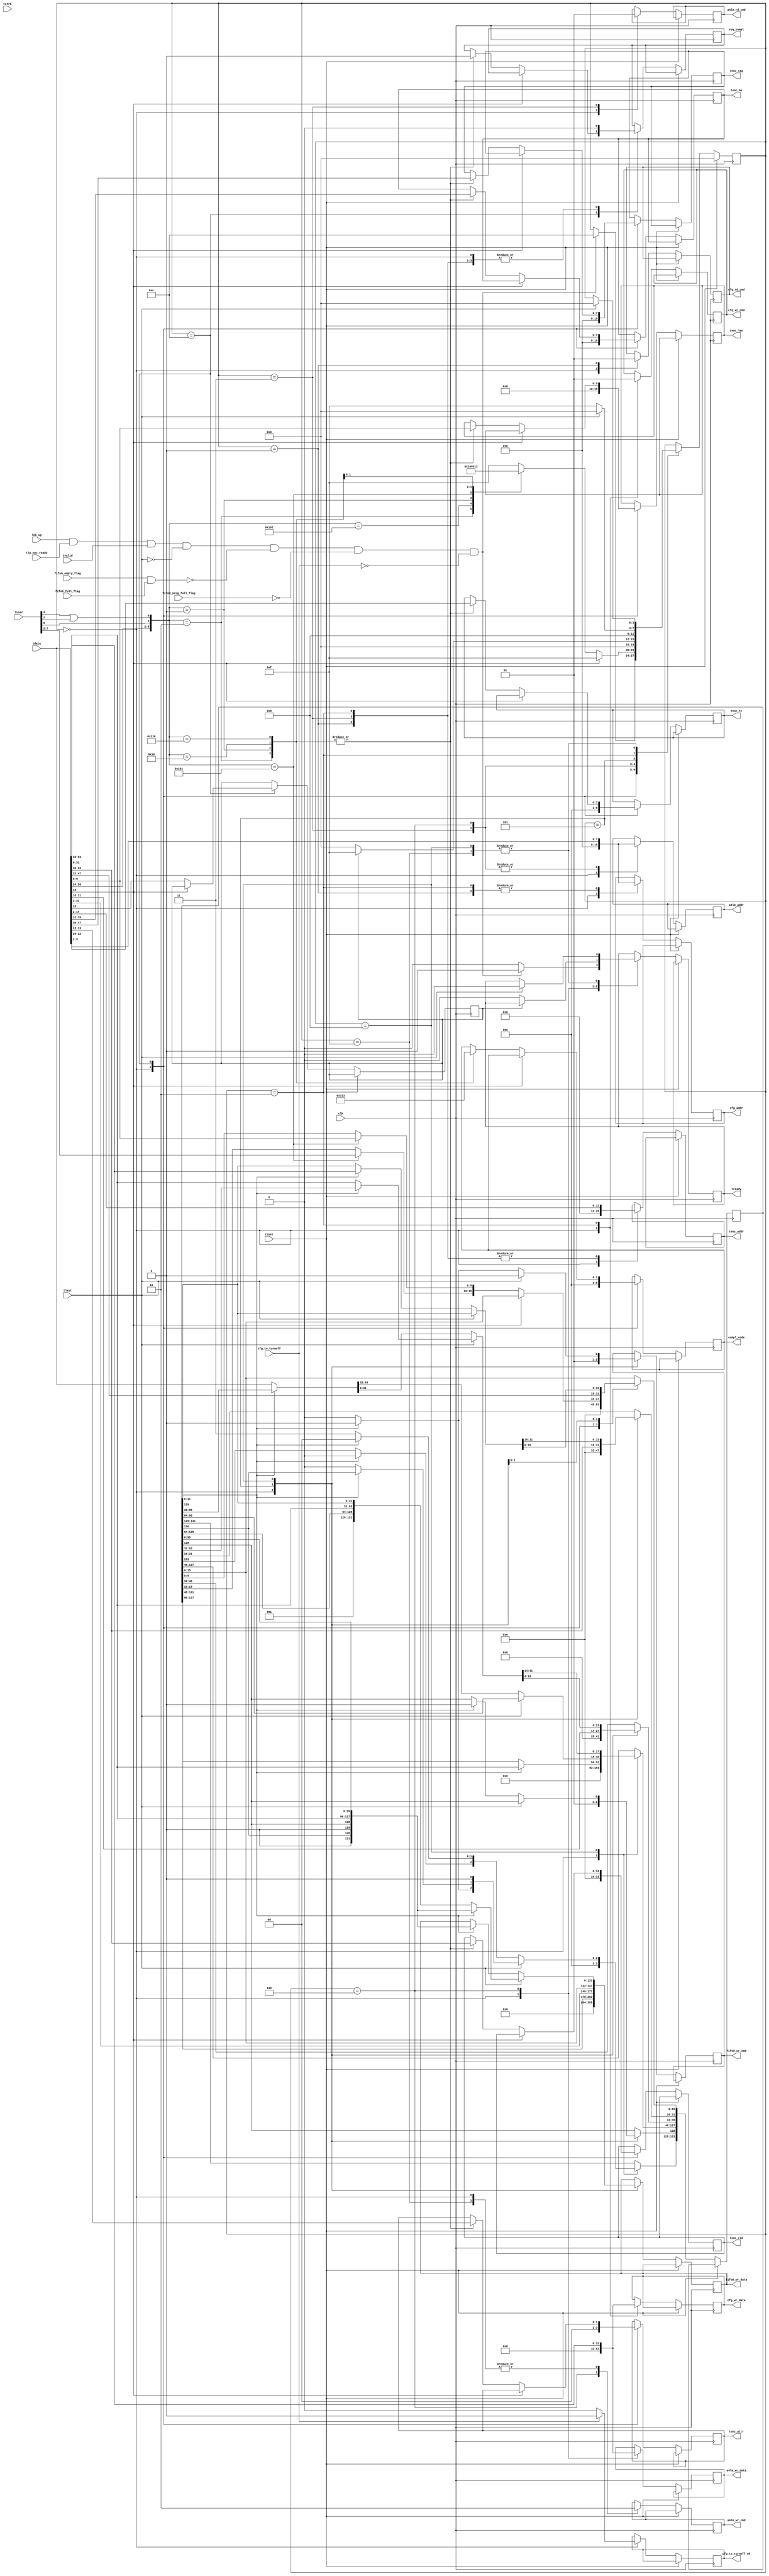
`timescale 1ns / 1ps
//////////////////////////////////////////////////////////////////////////////////
// Company: 
// Engineer: 
// 
// Design Name: 
// Module Name:    axi_tlp_decoder 
// Project Name: 
// Target Devices: 
// Tool versions: 
// Description: 
//
// Dependencies: 
//
// Revision: 
// Revision 0.01 - File Created
// Additional Comments: 
//
//////////////////////////////////////////////////////////////////////////////////
module axi_tlp_decoder 
#(
parameter AXIDATAWIDTH = 8
)
(
// common signals
input clk,
input reset,

// axi4-stream input interface
input tvalid,
input [8*AXIDATAWIDTH-1:0] tdata,
output reg tready,
input [AXIDATAWIDTH-1:0] tstrb,
input [21:0] tuser,
input tlast,

// axi4-lite master interface
output reg [7:0]  a4lm_addr,
output reg [31:0] a4lm_wr_data,
output reg a4lm_wr_cmd,
output reg a4lm_rd_cmd,

//configuration interface
output reg [7:0] cfg_addr,
output reg [31:0] cfg_wr_data,
output reg cfg_rd_cmd,
output reg cfg_wr_cmd,
// fifo interface
output reg fifo0_wr_cmd,
output reg [16*AXIDATAWIDTH+4-1:0] fifo0_wr_data,
input fifo0_empty_flag,
input fifo0_full_flag,
input fifo0_prog_full_flag,


//tlp encoder interface
output reg req_compl,
output reg [2:0] compl_code,
input tlp_enc_ready,

output reg [2:0]   tenc_tc,                        // Memory Read TC
output reg [1:0]   tenc_attr,                      // Memory Read Attribute
output reg [9:0]   tenc_len,                       // Memory Read Length (1DW)
output reg [15:0]  tenc_rid,                       // Memory Read Requestor ID
output reg [7:0]   tenc_tag,                       // Memory Read Tag
output reg [7:0]   tenc_be,                        // Memory Read Byte Enables
output reg [12:0]  tenc_addr,                      // Memory Read Address
//other signals
input lnk_up,
input cfg_to_turnoff,
output reg cfg_to_turnoff_ok
);

localparam [3:0] idle = 4'b0000,
						discharge_tlp = 4'b1111,
						cfg_rd = 4'b0001,
						cfg_wr = 4'b0010,
						a4lm_rd = 4'b0011,
						a4lm_wr = 4'b0100,
						a4sm_wr0 = 4'b0101,
						a4sm_wr1 = 4'b1001,
						wait_state = 4'b1000,
						receiving = 4'b1100;
						

reg [3:0] state_reg;
reg  tlp_digest;
reg [16*AXIDATAWIDTH+4-1:0] buffer0;


localparam [2:0] reg_rd_compl = 3'b001,
						cfg_rd_compl = 3'b010,
						cfg_wr_compl = 3'b011,
						adc_mem_compl = 3'b100;


localparam ADC_MEM_RD32 = 9'b00_00000_01;
localparam ADC_MEM_WR32 = 9'b10_00000_01;	
localparam REG_RD32 = 9'b00_00000_10;
localparam REG_WR32 = 9'b10_00000_10;
localparam CFG_RD   = 9'b00_00100_00; 
localparam CFG_WR   = 9'b10_00100_00;


always@(posedge clk)
begin
if(reset)
	begin
		state_reg <= idle;
	end
else
	begin
		case(state_reg)
			idle:
				begin
					cfg_to_turnoff_ok <= 1'b0;
					buffer0 = 0;
					tenc_tc <= 0;
					tenc_attr <= 0;
					tenc_len <= 0;
					tenc_rid <= 0;
					tenc_tag <= 0;
					tenc_be <= 0;
					tenc_addr <= 0;
					a4lm_wr_data <= 0;
					a4lm_addr <= 0;
					a4lm_wr_cmd <= 0;
					a4lm_rd_cmd <= 0;
					cfg_addr <= 0;
					cfg_wr_data <= 0;
					cfg_rd_cmd <= 0;
					cfg_wr_cmd <= 0;
					fifo0_wr_cmd = 0;
					fifo0_wr_data = 0;
					req_compl <= 0;
					compl_code <= 0;
					tready <= 1'b0;
					if(cfg_to_turnoff)
						begin
							cfg_to_turnoff_ok <= 1'b1;
						end
					if(lnk_up & tlp_enc_ready & tvalid & ~tlast & (~(fifo0_empty_flag & fifo0_full_flag)) & (~fifo0_prog_full_flag) &(~cfg_to_turnoff))
						begin
							state_reg <= receiving;
							tready <= 1'b1;
/*							tready <= 1'b1;
							if(tdata[14] == 0)
								begin
									tlp_digest <= tdata[15];
									case ({tdata[30:24],{tuser[4],tuser[3] | tuser[2]}})
										REG_RD32:
											begin
												state_reg <= a4lm_rd;
												tenc_tc     <= tdata[22:20]; 
												tenc_attr   <= tdata[13:12];
												tenc_len    <= tdata[9:0];
												tenc_rid    <= tdata[63:48];
												tenc_tag    <= tdata[47:40];
												tenc_be     <= tdata[39:32];
												req_compl <= 1'b1;
												req_compl_w_data <= 1'b1;
												compl_code <= 3'b001;
											end
										REG_WR32:
											begin
												state_reg <= a4lm_wr;
											end
										ADC_MEM_RD32:
											begin
												tenc_tc     <= tdata[22:20]; 
												tenc_attr   <= tdata[13:12];
												tenc_len    <= tdata[9:0];
												tenc_rid    <= tdata[63:48];
												tenc_tag    <= tdata[47:40];
												tenc_be     <= tdata[39:32];
												req_compl <= 1'b1;
												req_compl_w_data <= 1'b1;
												compl_code <= 3'b010;
												state_reg <= idle;
											end
										ADC_MEM_WR32:
											begin
												state_reg <= a4sm_wr0;
											end
										CFG_RD:
											begin
												tenc_tc     <= tdata[22:20]; 
												tenc_attr   <= tdata[13:12];
												tenc_len    <= tdata[9:0];
												tenc_rid    <= tdata[63:48];
												tenc_tag    <= tdata[47:40];
												tenc_be     <= tdata[39:32];
												req_compl_w_data <= 1'b1;
												req_compl <= 1'b1;
												state_reg <= cfg_rd;
											end
										CFG_WR:
											begin
												req_compl <= 1'b1;
												tenc_tc     <= tdata[22:20]; 
												tenc_attr   <= tdata[13:12];
												tenc_len    <= tdata[9:0];
												tenc_rid    <= tdata[63:48];
												tenc_tag    <= tdata[47:40];
												tenc_be     <= tdata[39:32];
												compl_code <= 3'b100;
												state_reg <= cfg_wr;
											end
										default:
											begin
												state_reg <= discharge_tlp;
											end
									endcase
								end
							else
								begin
									state_reg <= discharge_tlp;
								end */
						end 
				end
			receiving:
				begin
					if(tdata[14] == 0)
							begin
								tlp_digest <= tdata[15];
								case ({tdata[30:24],{tuser[6],tuser[4] | tuser[2]}})
										REG_RD32:
											begin
												state_reg <= a4lm_rd;
												tenc_tc     <= tdata[22:20]; 
												tenc_attr   <= tdata[13:12];
												tenc_len    <= tdata[9:0];
												tenc_rid    <= tdata[63:48];
												tenc_tag    <= tdata[47:40];
												tenc_be     <= tdata[39:32];
												req_compl <= 1'b1;
												compl_code <= reg_rd_compl;
											end
										REG_WR32:
											begin
												state_reg <= a4lm_wr;
											end
										ADC_MEM_RD32:
											begin
												tenc_tc     <= tdata[22:20]; 
												tenc_attr   <= tdata[13:12];
												tenc_len    <= tdata[9:0];
												tenc_rid    <= tdata[63:48];
												tenc_tag    <= tdata[47:40];
												tenc_be     <= tdata[39:32];
												req_compl <= 1'b1;
												compl_code <= adc_mem_compl;
												state_reg <= idle;
											end
										ADC_MEM_WR32:
											begin
												buffer0[9:0] = tdata[9:0];
												buffer0[15:10] = tuser[7:2];
												state_reg <= a4sm_wr0;
											end
										CFG_RD:
											begin
												tenc_tc     <= tdata[22:20]; 
												tenc_attr   <= tdata[13:12];
												tenc_len    <= tdata[9:0];
												tenc_rid    <= tdata[63:48];
												tenc_tag    <= tdata[47:40];
												tenc_be     <= tdata[39:32];
												req_compl <= 1'b1;
												state_reg <= cfg_rd;
												compl_code <= cfg_rd_compl;
											end
										CFG_WR:
											begin
												req_compl <= 1'b1;
												tenc_tc     <= tdata[22:20]; 
												tenc_attr   <= tdata[13:12];
												tenc_len    <= tdata[9:0];
												tenc_rid    <= tdata[63:48];
												tenc_tag    <= tdata[47:40];
												tenc_be     <= tdata[39:32];
												compl_code <= cfg_wr_compl;
												state_reg <= cfg_wr;
											end
										default:
											begin
												state_reg <= discharge_tlp;
											end
								endcase
							end
						else
							begin
								state_reg <= discharge_tlp;
							end
				end
			a4lm_rd:
				begin
					req_compl <= 1'b0;
					a4lm_addr <= tdata[9:2];
					tenc_addr <= tdata[14:2];
					a4lm_rd_cmd <= 1'b1;
					state_reg <= idle;
				end
			a4lm_wr:
				begin
					a4lm_addr <= tdata[9:2];
					a4lm_wr_data <= tdata[63:32];
					a4lm_wr_cmd <= 1'b1;
					if(tlp_digest)
						begin
							state_reg <= discharge_tlp;
						end
					else
						begin
							state_reg <= idle;
							tready <= 1'b0;
						end
				end
			a4sm_wr0:
				begin
					buffer0[45:16] = tdata[31:2];
					fifo0_wr_data = buffer0;
					fifo0_wr_cmd = 1'b1;
					buffer0[31:0] = tdata[63:32];
					buffer0[128] = 1;
					state_reg <= a4sm_wr1;
				end
			a4sm_wr1:
				begin
					fifo0_wr_cmd = 1'b0;
					if(tlast)
						begin
							if(buffer0[129])
								begin
									buffer0[127:96] = tdata[31:0];
									buffer0[131] = 1'b1;
									fifo0_wr_cmd = 1'b1;
									fifo0_wr_data = buffer0;
									tready <= 1'b0;
									state_reg <= idle;
								end
							else
								begin
									buffer0[63:32] = tdata[31:0];
									buffer0[129] = 1'b1;
									buffer0[131:130] = 2'b00;
									fifo0_wr_cmd = 1'b1;
									fifo0_wr_data = buffer0;
									tready <= 1'b0;
									state_reg <= idle;
								end
						end
					else
						begin
							if(buffer0[129])
								begin
									buffer0[127:96] = tdata[31:0];
									buffer0[131] = 1'b1;
									fifo0_wr_cmd = 1'b1;
									fifo0_wr_data = buffer0;
									buffer0[31:0] = tdata[63:32];
									buffer0[131:128] = 4'b0001;
								end
							else
								begin
									buffer0[95:32] = tdata[63:0];
									buffer0[130:129] =  2'b11;
								end
						end
				end
			cfg_rd:
				begin
					tenc_addr <= tdata[14:2];
					req_compl <= 1'b0;
					cfg_addr <= tdata[9:2];
					cfg_rd_cmd <= 1'b1;
				end
			cfg_wr:
				begin
					tenc_addr <= tdata[14:2];
					req_compl <= 1'b0;
					cfg_wr_cmd <= 1'b1;
					cfg_addr <= tdata[9:2];
					cfg_wr_data <= tdata[63:32];
					if(tlast)
						begin
							state_reg <= idle;
						end
					else
						begin
							state_reg <= discharge_tlp;
						end
				end
			discharge_tlp:
				begin
					a4lm_wr_cmd <= 1'b0;
					if(tlast)
						begin
							state_reg <= idle;
							tready <= 1'b0;
						end
				end
		endcase
	end
end

endmodule